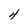
Character: 4